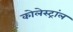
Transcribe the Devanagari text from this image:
कोलेस्ट्रांल